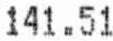
141.51